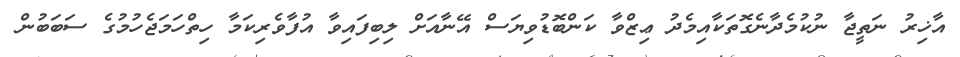
އާޚިރު ނަތީޖާ ނުކުމެދާނެގޮތަކާއިމެދު ޢިޒްވާ ކަންބޮޑުވިޔަސް އޭނާއަށް ލިބިފައިވާ އުފާވެރިކަމާ ހިތްހަމަޖެހުމުގެ ސަބަބުން